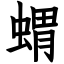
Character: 蝟